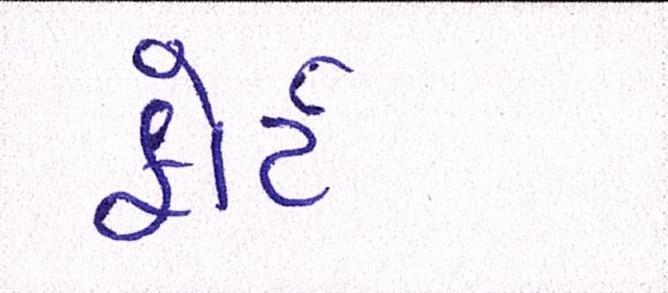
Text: ફોર્ટ